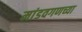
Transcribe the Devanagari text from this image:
मांडवगणच्या